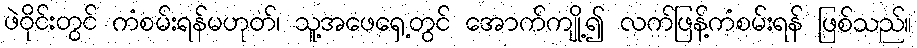
ဖဲဝိုင်းတွင် ကံစမ်းရန်မဟုတ်၊ သူ့အဖေရှေ့တွင် အောက်ကျို့၍ လက်ဖြန့်ကံစမ်းရန် ဖြစ်သည်။